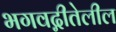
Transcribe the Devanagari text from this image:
भगवद्गीतेलील